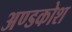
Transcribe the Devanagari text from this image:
अण्डकोश